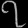
Digit: ၇